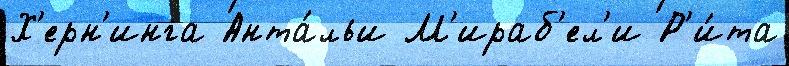
Х'ерн'инга Анта́льи М'ираб'ел'и Р'и́та